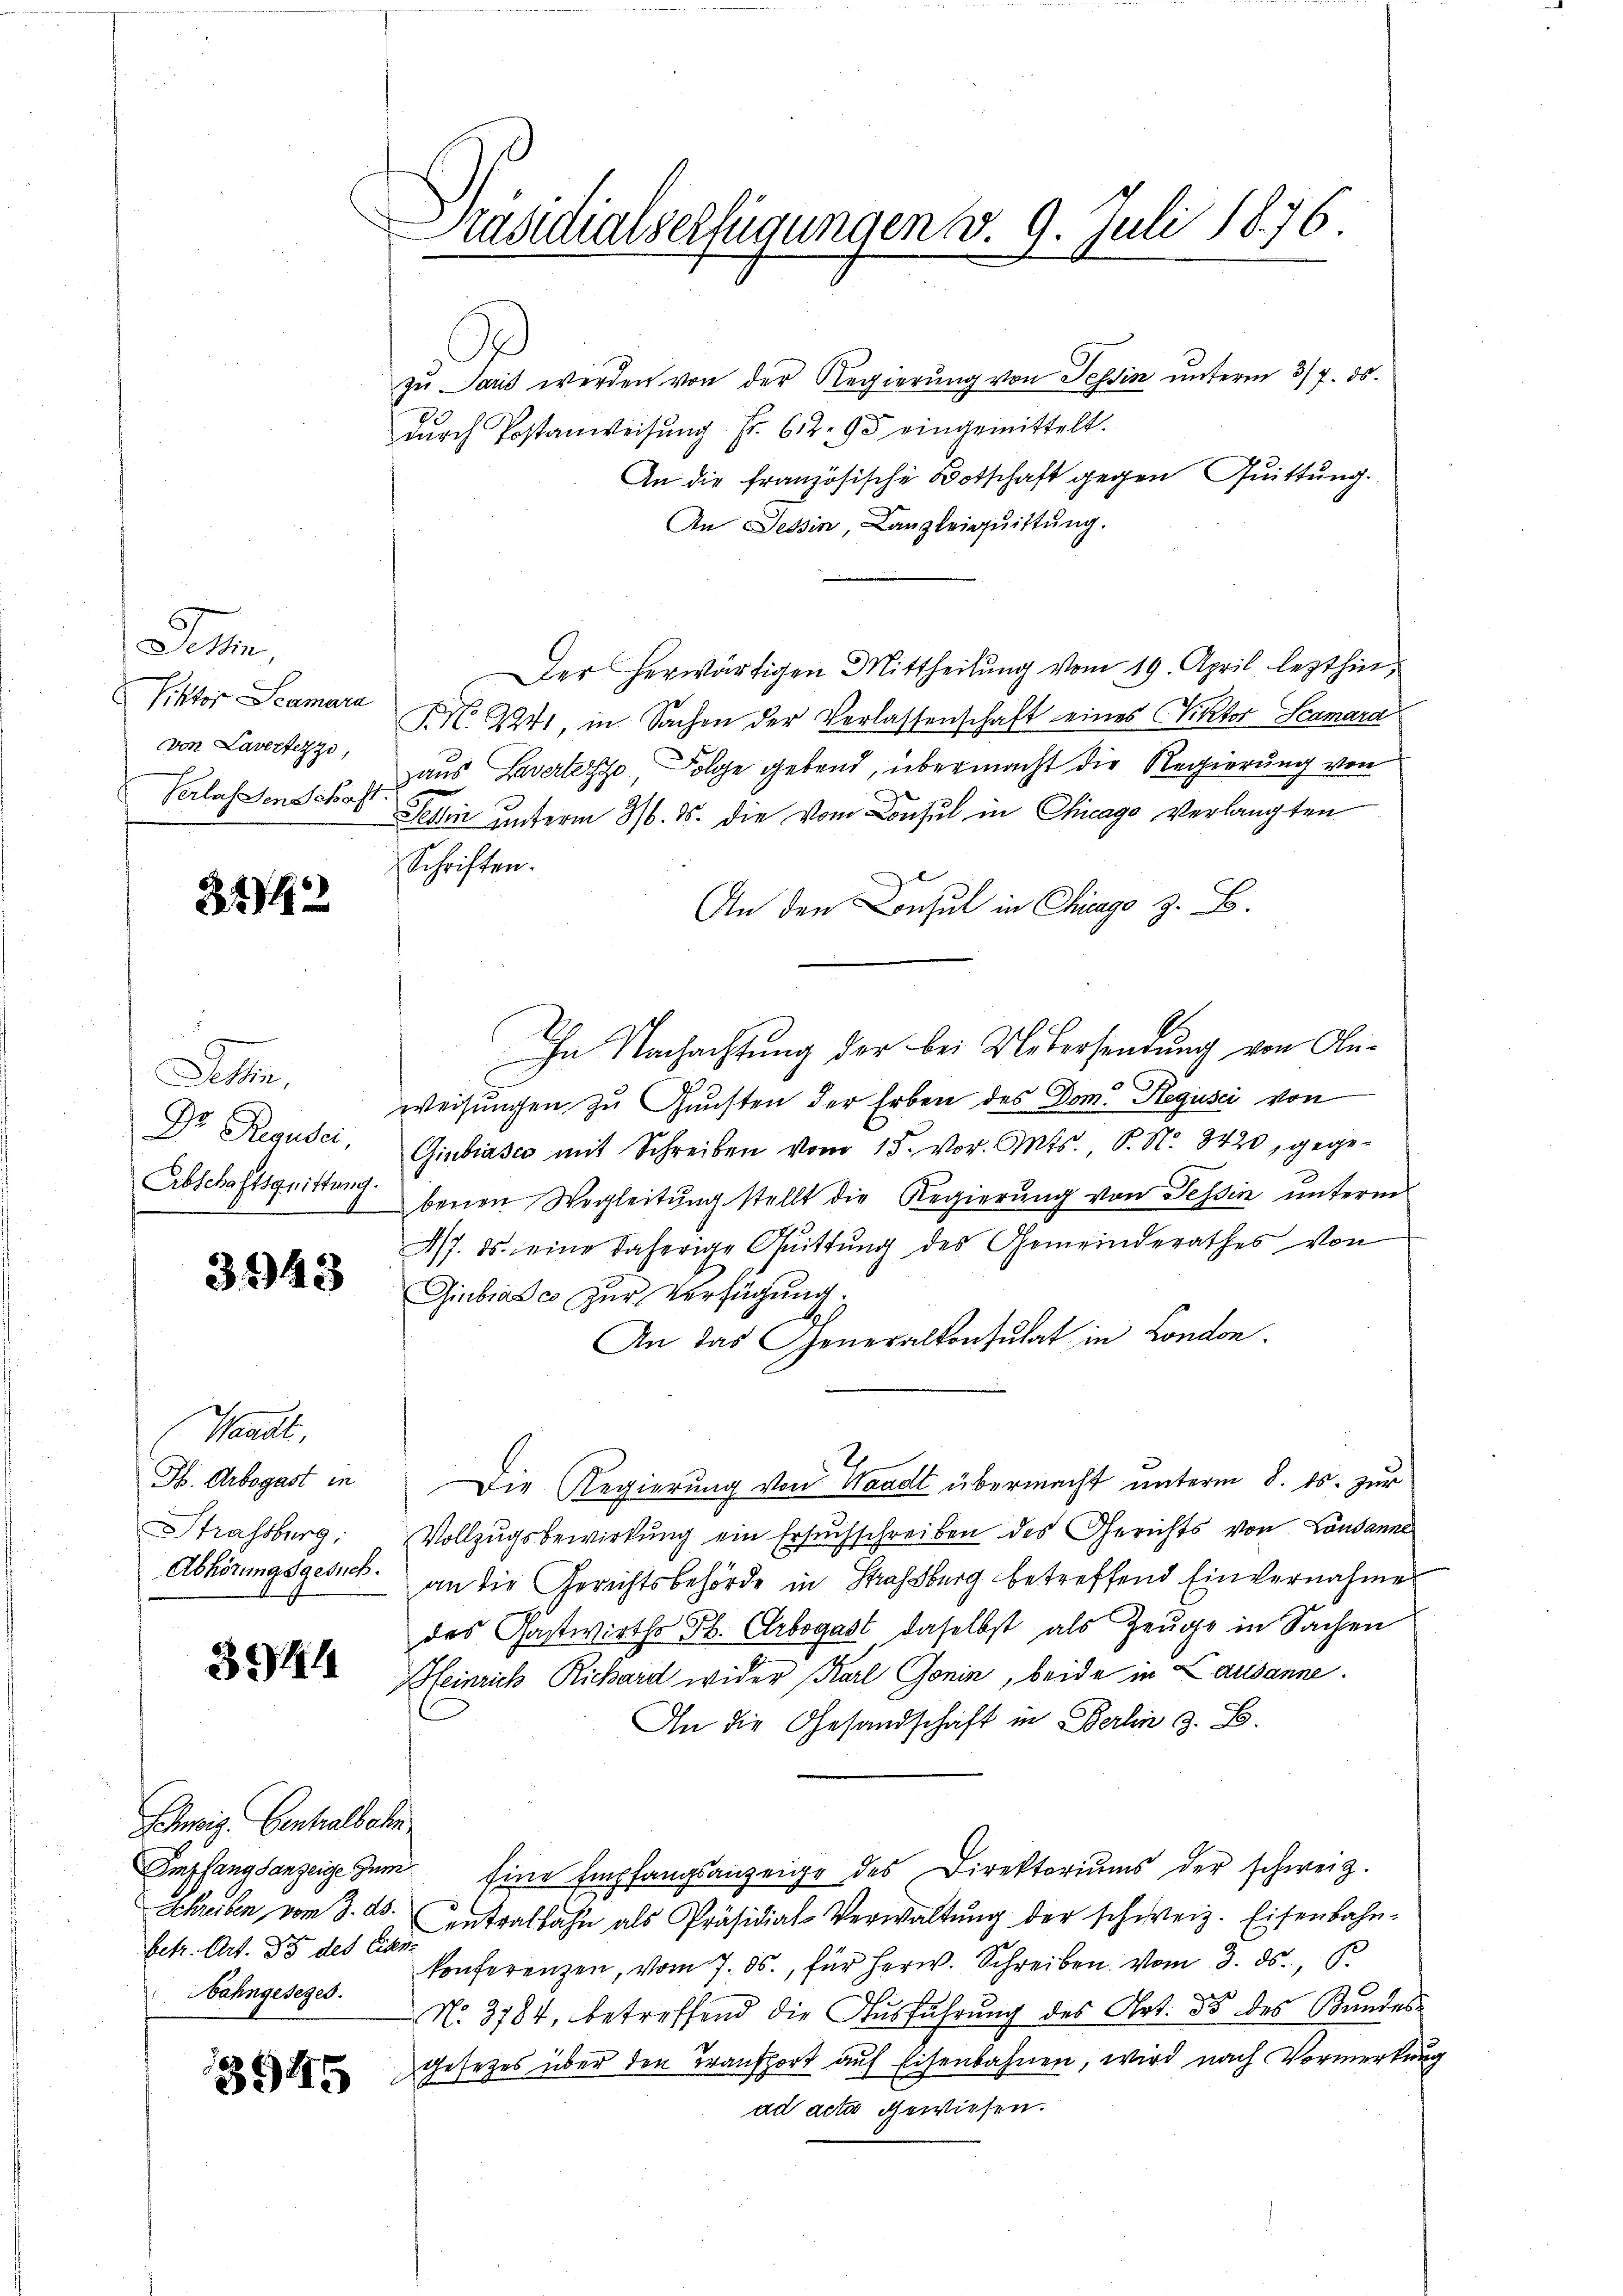
Jett
Piktor Scamara
von Lavertezzi,
Verlassenschaft

3474

Dettin,
Dr. Regusei,
Abschaftsquittung.
1

3943

Waadt,
F. Arbogast in
Strassburg,
Abhörungsgesuch.

3944

Schweig. Centralbahn
betr. Art. 35 des Eigen
Nahngesezes.

3945

Präsidialverfügungen d. 9. Juli 1876

C
zu Paris werden von der Regierung von Tessin unterm 3/7. ds.
dŭrch Postanweisŭng sr. 62. 95 eingemittelt.
An die französische Botschaft gegen Quittung
An Tessin, Canzleiguittung.
Der herwärtigen Mittheilŭng vom 19. April lezthin,
N. N. 2241, in Sachen der Verlassenschaft eines Viktor Scamard
aus Levertige Folge gebend, übermacht die Regierung von
Jelen unterm 316. ds. die vom Consul in Chicago Verlangten
Schriften.
An den Consul in Chicago z. B.
In Nachachtung der bei Uebersendung von Anweisungen zu Gunsten der Erben des Dom. Regusei von
Giubiases mit Schreiben vom 15. vor. Mts. S. Nr. 8420, gegebenen Wegleitung stellt die Regierung von Tessin unterm
4/7. ds. eine daherige Quittung des Gemeinderathes von
Giubiasco zur Verfügung.
An das Generalkonsulat in London.
Die Regierung von Waadt übermacht unterm 8. ds. zur
Vollzugsbewirkung ein Ersuchschreiben des Gerichts von Landanne
an die Gerichtsbehörde in Strassburg betreffend Einvernahme
des Gastwirths Th. Erbogast, daselbst als Zeuge in Sachen
Heinrich Richard wider Karl Gonin, beide in Lausanne.
In die Gesandschaft in Berlin z. B.
Empfangsanzeige zŭm Eine Empfangsanzeige des Direktoriums der schweiz.
Schreiben von 3. ds. Centralbahn als Präsidial-Verwaltŭng der schweiz. Eisenbahn-
konferenzen, vom 7. ds., für herw. Schreiben vom 3. ds., S.
No. 3784, betreffend die Aŭsführung des Art. ds des Bundes-
Gesetzes über den Transport auf Eisenbahnen, wird nach Vormerkung
ad acta gewiesen.